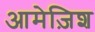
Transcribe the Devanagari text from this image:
आमेज़िश